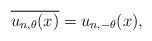
LaTeX: \begin{align*} \overline{u_{n,\theta}(x)}=u_{n,-\theta}(x),\end{align*}